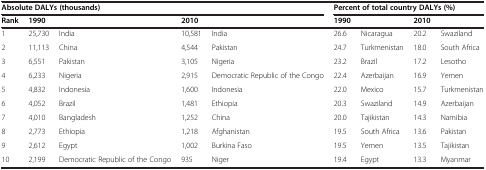
<table><thead><tr><td colspan="5"><b>Absolute DALYs (thousands)</b></td><td colspan="4"><b>Percent of total country DALYs (%)</b></td></tr><tr><td><b>Rank</b></td><td><b>1990</b></td><td><b> </b></td><td><b>2010</b></td><td><b> </b></td><td><b>1990</b></td><td><b> </b></td><td><b>2010</b></td><td><b> </b></td></tr></thead><tbody><tr><td>1</td><td>25,730</td><td>India</td><td>10,581</td><td>India</td><td>26.6</td><td>Nicaragua</td><td>20.2</td><td>Swaziland</td></tr><tr><td>2</td><td>11,113</td><td>China</td><td>4,544</td><td>Pakistan</td><td>24.7</td><td>Turkmenistan</td><td>18.0</td><td>South Africa</td></tr><tr><td>3</td><td>6,551</td><td>Pakistan</td><td>3,105</td><td>Nigeria</td><td>23.2</td><td>Brazil</td><td>17.2</td><td>Lesotho</td></tr><tr><td>4</td><td>6,233</td><td>Nigeria</td><td>2,915</td><td>Democratic Republic of the Congo</td><td>22.4</td><td>Azerbaijan</td><td>16.9</td><td>Yemen</td></tr><tr><td>5</td><td>4,832</td><td>Indonesia</td><td>1,600</td><td>Indonesia</td><td>22.0</td><td>Mexico</td><td>15.7</td><td>Turkmenistan</td></tr><tr><td>6</td><td>4,052</td><td>Brazil</td><td>1,481</td><td>Ethiopia</td><td>20.3</td><td>Swaziland</td><td>14.9</td><td>Azerbaijan</td></tr><tr><td>7</td><td>4,010</td><td>Bangladesh</td><td>1,252</td><td>China</td><td>20.0</td><td>Tajikistan</td><td>14.3</td><td>Namibia</td></tr><tr><td>8</td><td>2,773</td><td>Ethiopia</td><td>1,218</td><td>Afghanistan</td><td>19.5</td><td>South Africa</td><td>13.6</td><td>Pakistan</td></tr><tr><td>9</td><td>2,612</td><td>Egypt</td><td>1,002</td><td>Burkina Faso</td><td>19.5</td><td>Yemen</td><td>13.5</td><td>Tajikistan</td></tr><tr><td>10</td><td>2,199</td><td>Democratic Republic of the Congo</td><td>935</td><td>Niger</td><td>19.4</td><td>Egypt</td><td>13.3</td><td>Myanmar</td></tr></tbody></table>